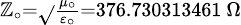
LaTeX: \scriptstyle{\mathbb{Z}_{\circ}={\sqrt{}{{\frac{{\mu_{\circ}}}{{\varepsilon_{\circ}}}}}}=376.730313461\ \Omega}